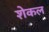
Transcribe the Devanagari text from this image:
शेकल